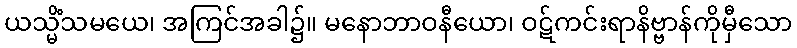
ယသ္မိံသမယေ၊ အကြင်အခါ၌။ မနောဘာဝနီယော၊ ဝဋ်ကင်းရာနိဗ္ဗာန်ကိုမှီသော